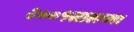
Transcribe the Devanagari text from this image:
२००१सालच्या